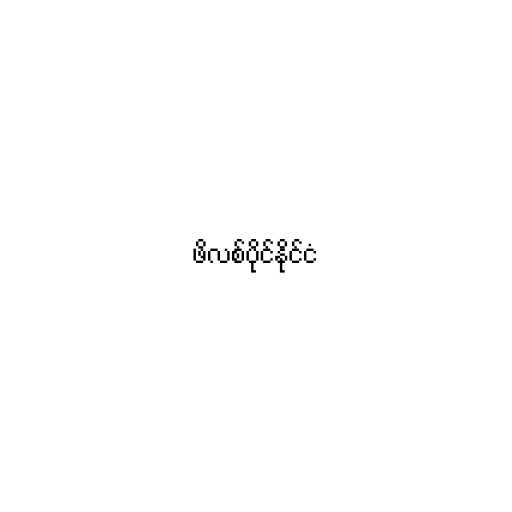
ဖိလစ်ပိုင်နိုင်ငံ